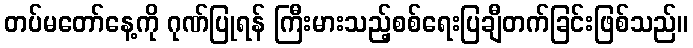
တပ်မတော်နေ့ကို ဂုဏ်ပြုရန် ကြီးမားသည့်စစ်ရေးပြချီတက်ခြင်းဖြစ်သည်။